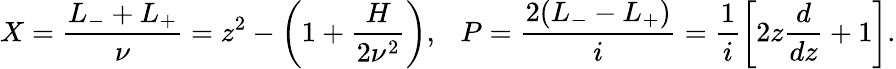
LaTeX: X=\frac{L_{-}+L_{+}}{\nu}=z^{2}-\left(1+\frac{H}{2\nu^{2}}\right),~~~P=\frac{2(L_{-}-L_{+})}{i}=\frac{1}{i}\left[2z\frac{d}{dz}+1\right].